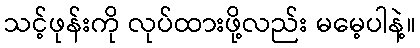
သင့်ဖုန်းကို လုပ်ထားဖို့လည်း မမေ့ပါနဲ့။